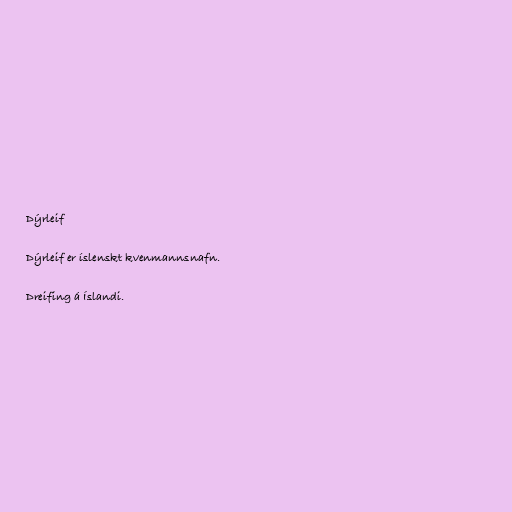
Dýrleif

Dýrleif er íslenskt kvenmannsnafn.

Dreifing á Íslandi.